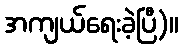
အကျယ်ရေးခဲ့ပြီ)။